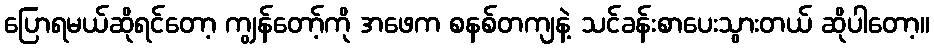
ပြောရမယ်ဆိုရင်တော့ ကျွန်တော့်ကို အဖေက စနစ်တကျနဲ့ သင်ခန်းစာပေးသွားတယ် ဆိုပါတော့။